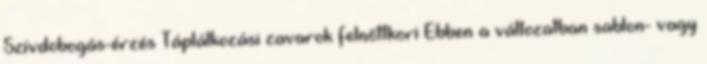
Szívdobogás-érzés Táplálkozási zavarok felnőttkori Ebben a változatban sablon- vagy